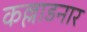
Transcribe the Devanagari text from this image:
कल्लाडनार